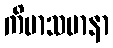
ကိမာသမာနာ